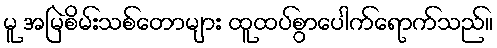
မူ အမြဲစိမ်းသစ်တောများ ထူထပ်စွာပေါက်ရောက်သည်။